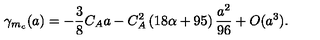
\gamma _ { m _ { c } } ( a ) = - \frac { 3 } { 8 } C _ { A } a - C _ { A } ^ { 2 } \left( 1 8 \alpha + 9 5 \right) \frac { a ^ { 2 } } { 9 6 } + O ( a ^ { 3 } ) .